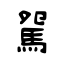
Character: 駌